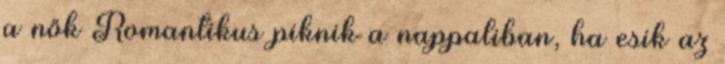
a nők Romantikus piknik a nappaliban, ha esik az